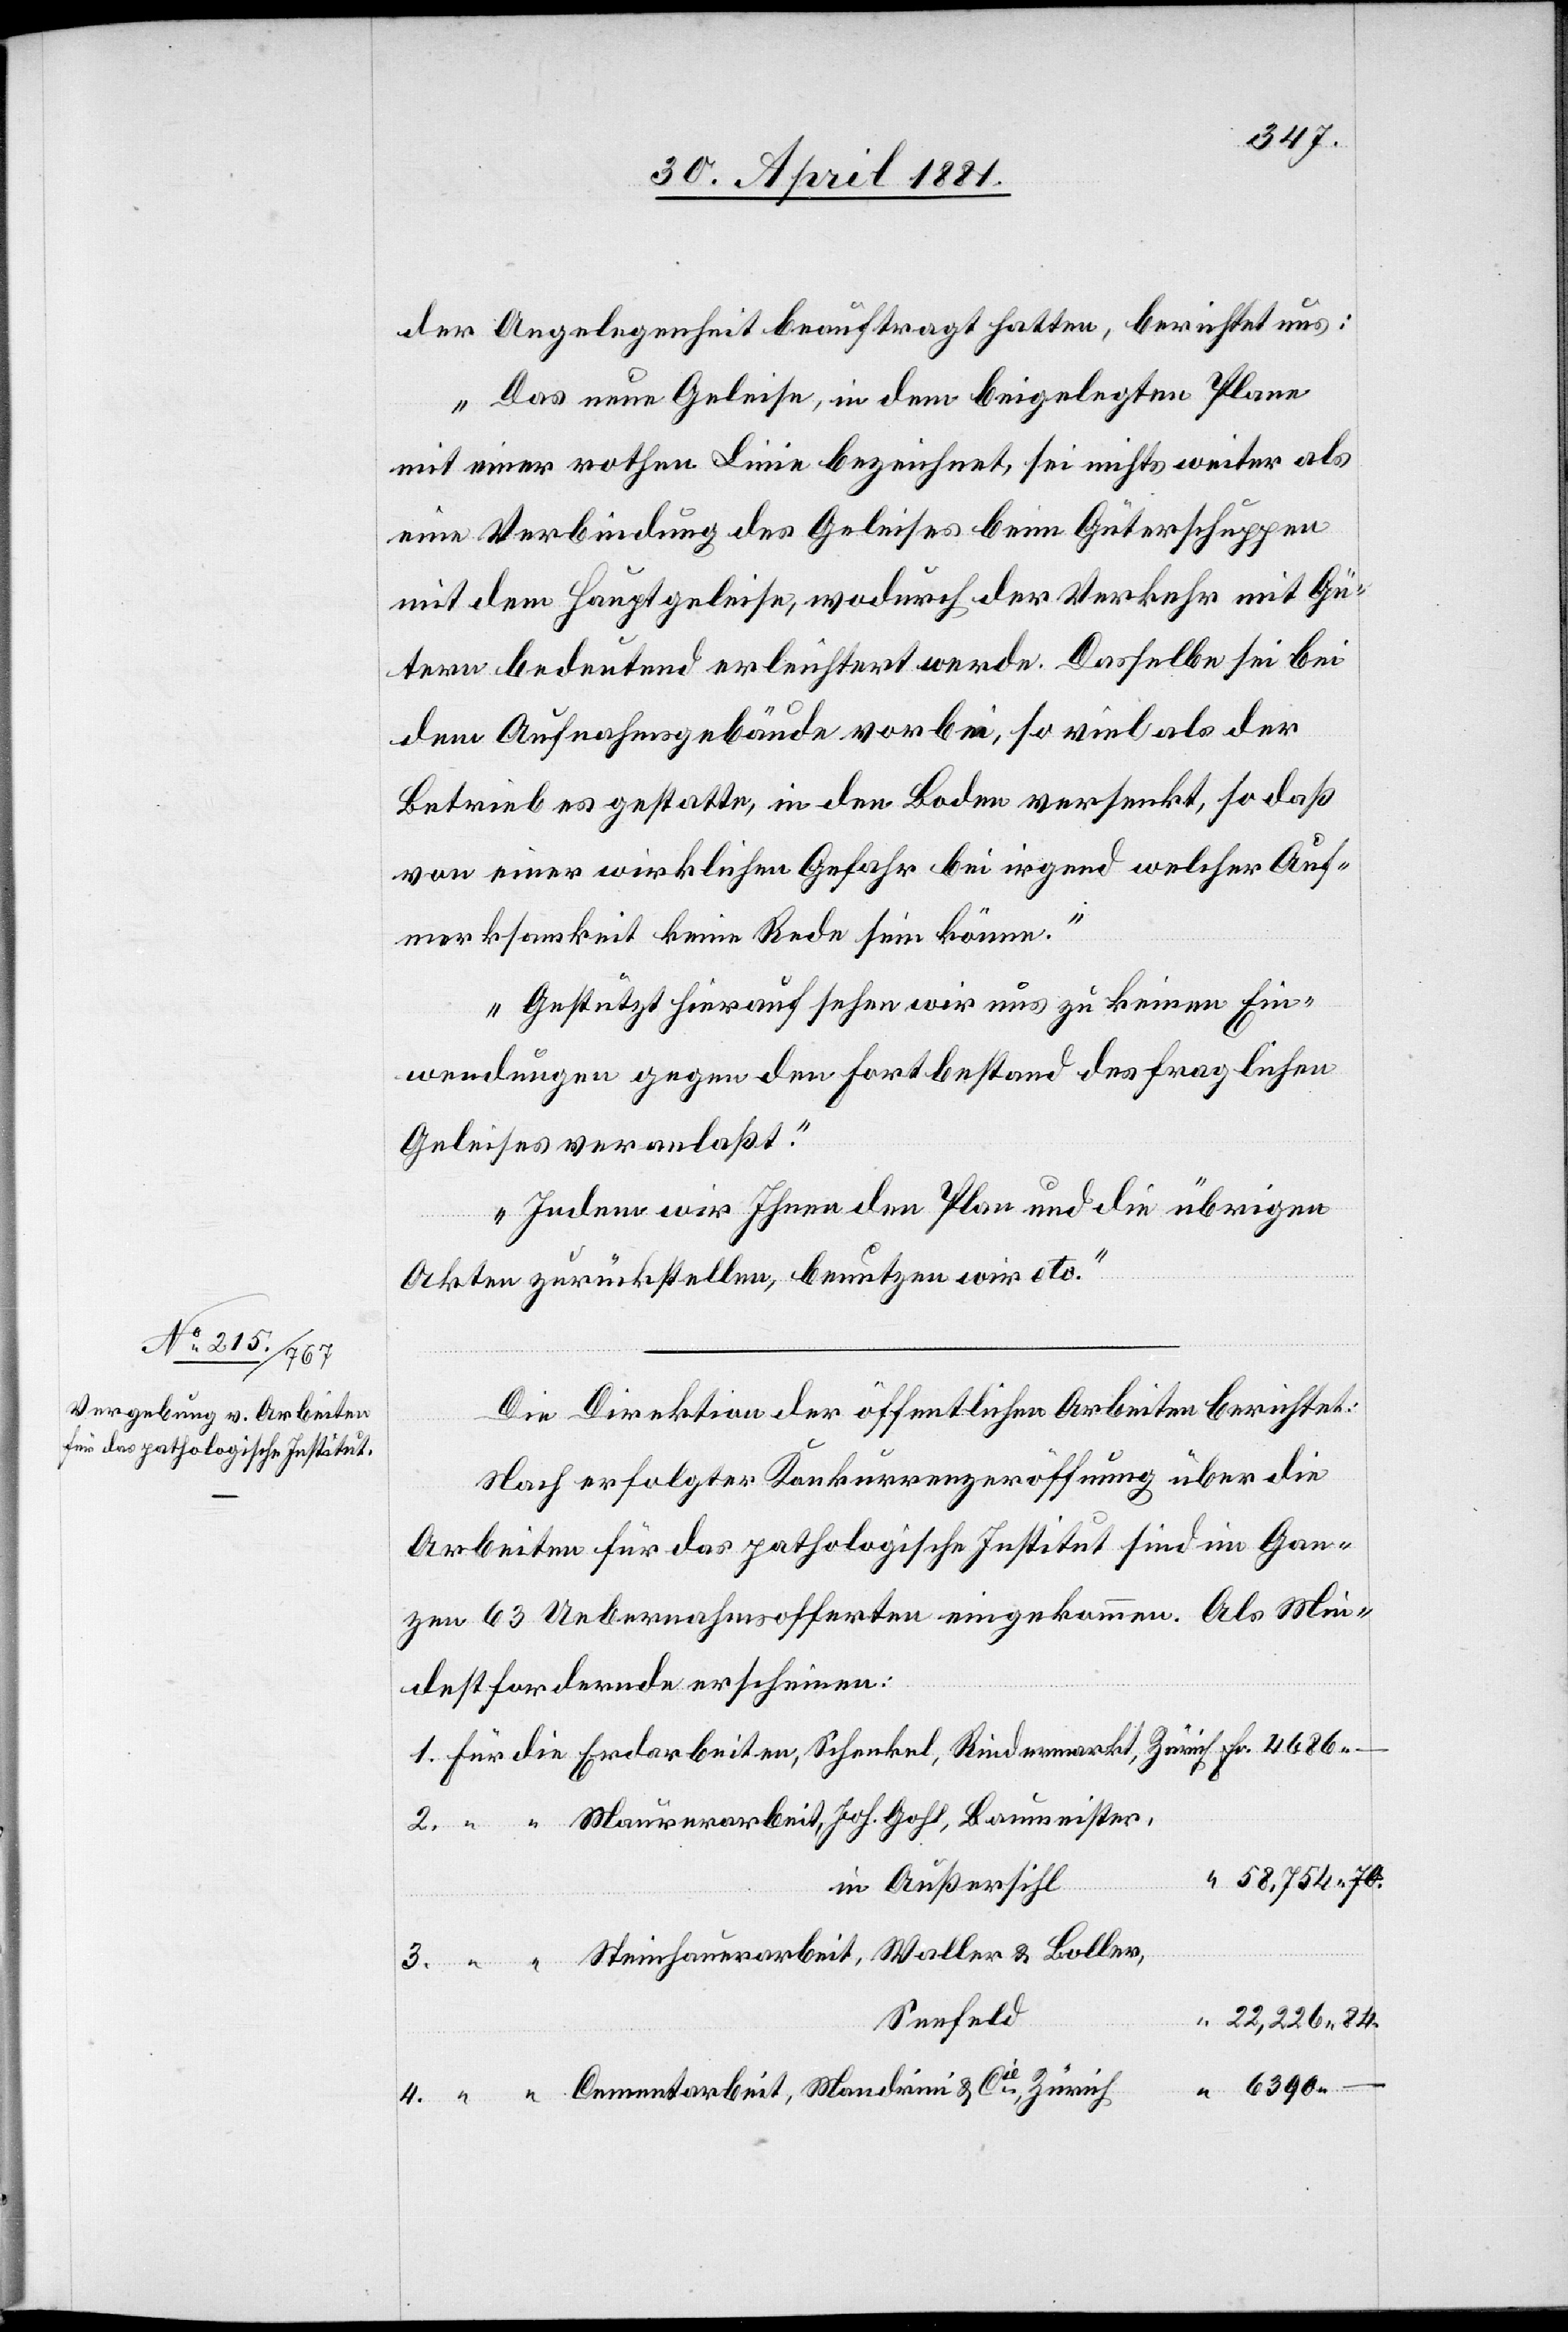
der Angelegenheit beauftragt hatten, berichtet uns:
Das neue Geleise, in dem beigelegten Plane
mit einer rothen Linie bezeichnet, sei nichts weiter als
eine Verbindung des Geleises beim Güterschuppen
mit dem Hauptgeleise, wodurch der Verkehr mit Gü¬
tern bedeutend erleichtert werde. Dasselbe sei bei
dem Aufnahmsgebäude vorbei, so viel als der
Betrieb es gestatte, in den Boden versenkt, so daß
von einer wirklichen Gefahr bei irgend welcher Auf¬
merksamkeit keine Rede sein könne.
Gestützt hierauf sehen wir uns zu keinen Ein¬
wendungen gegen den Fortbestand des fraglichen
Geleises veranlaßt.
Indem wir Ihnen den Plan und die übrigen
Akten zurückstellen, benutzen wir etc.“
Die Direktion der öffentlichen Arbeiten berichtet:
Nach erfolgter Konkurrenzeröffnung über die
Arbeiten für das pathologische Institut sind im Gan¬
zen 63 Uebernahmsofferten eingekommen. Als Min¬
destfordernde erscheinen:
58,754. 70.
3.
in Außersihl
Steinhauerarbeit, Waller & Boller,
Seefeld
22,226. 84.
6390.–